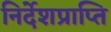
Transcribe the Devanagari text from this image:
निर्देशप्राप्ति